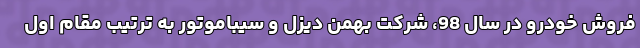
فروش خودرو در سال 98، شرکت بهمن دیزل و سیباموتور به ترتیب مقام اول